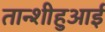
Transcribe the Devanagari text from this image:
तान्शीहुआई